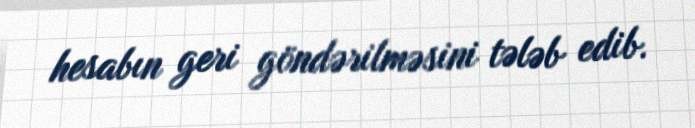
hesabın geri göndərilməsini tələb edib.